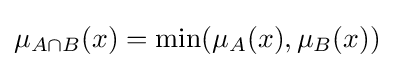
\mu _{A\cap {B}}(x)=\min(\mu _{A}(x),\mu _{B}(x))